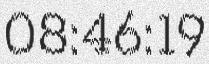
08:46:19